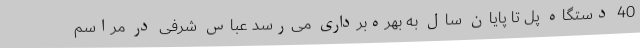
40 دستگاه پل تا پایان سال به بهره‌برداری می‌رسد عباس شرفی در مراسم